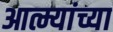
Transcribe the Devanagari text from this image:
आत्म्यांच्या